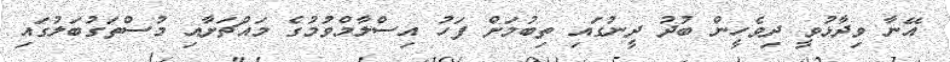
އޭނާ ވިދާޅުވީ ދިވެހީން ބުދު ދީނުގައި ތިބުމަށް ފަހު އިސްލާމްވުމުުގެ މައްޗަށާއި މުސްތަގުބަލުގައި